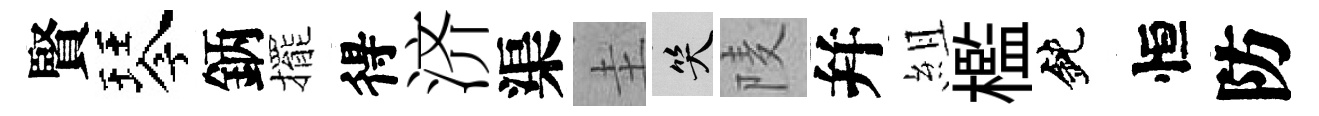
賢琴鈵擺得济渠圭笑𨹧幷組檻鈍恒防